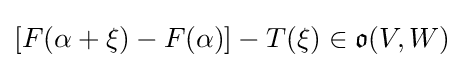
[F(\alpha +\xi )-F(\alpha )]-T(\xi )\in {\mathfrak {o}}(V,W)